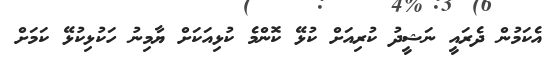
އެކަމުން ދެރައީ ނަޝީދު ކުރިއަށް ކުޅޭ ކޮންމެ ކުޅިއަކަށް ޔާމިނު ހަކުޅިކުޅޭ ކަމަށް